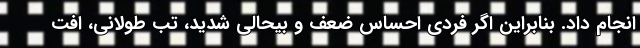
انجام داد. بنابراین اگر فردی احساس ضعف و بیحالی شدید، تب طولانی، افت